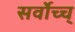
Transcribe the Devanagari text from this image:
सर्वोच्च्